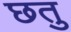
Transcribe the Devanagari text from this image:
छतु